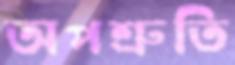
অপশ্রুতি